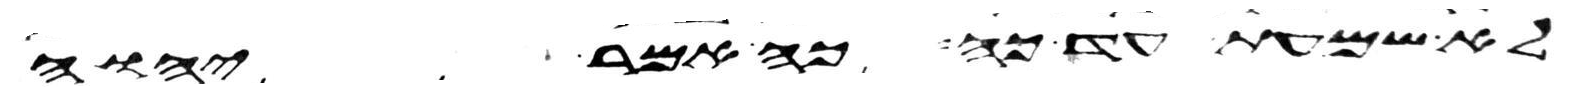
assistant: לא שמעת עד כה כה אמר יהוה